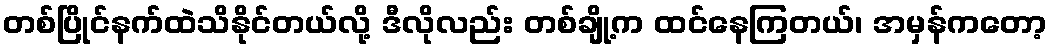
တစ်ပြိုင်နက်ထဲသိနိုင်တယ်လို့ ဒီလိုလည်း တစ်ချို့က ထင်နေကြတယ်၊ အမှန်ကတော့